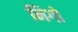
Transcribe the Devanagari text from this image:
निगो